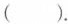
( ).